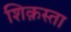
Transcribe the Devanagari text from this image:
शिक़स्ता